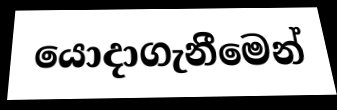
යොදාගැනීමෙන්